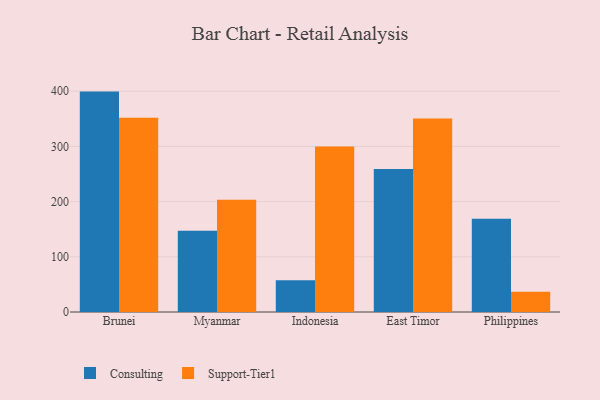
{"axis": {"x": "Country", "y": "Shipments"}, "legend": ["Consulting", "Support-Tier1"], "data": [{"x": "Brunei", "y": 399.3, "type": "Consulting"}, {"x": "Brunei", "y": 351.9, "type": "Support-Tier1"}, {"x": "Myanmar", "y": 147.4, "type": "Consulting"}, {"x": "Myanmar", "y": 203.2, "type": "Support-Tier1"}, {"x": "Indonesia", "y": 57.7, "type": "Consulting"}, {"x": "Indonesia", "y": 299.7, "type": "Support-Tier1"}, {"x": "East Timor", "y": 259.0, "type": "Consulting"}, {"x": "East Timor", "y": 350.6, "type": "Support-Tier1"}, {"x": "Philippines", "y": 168.8, "type": "Consulting"}, {"x": "Philippines", "y": 36.5, "type": "Support-Tier1"}]}